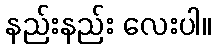
နည်းနည်း လေးပါ။